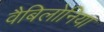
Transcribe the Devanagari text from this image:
वैबिलोनिया